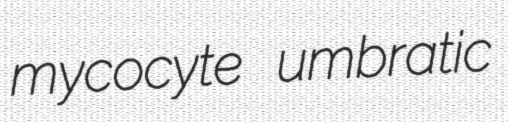
mycocyte umbratic